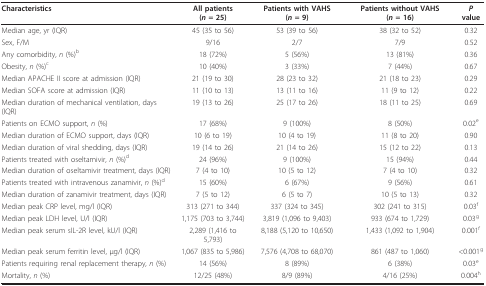
<table><thead><tr><td><b>Characteristics</b></td><td><b>All patients (<i>n </i>= 25)</b></td><td><b>Patients with VAHS (<i>n </i>= 9)</b></td><td><b>Patients without VAHS (<i>n </i>= 16)</b></td><td><b><i>P </i>value</b></td></tr></thead><tbody><tr><td>Median age, yr (IQR)</td><td>45 (35 to 56)</td><td>53 (39 to 56)</td><td>38 (32 to 52)</td><td>0.32</td></tr><tr><td>Sex, F/M</td><td>9/16</td><td>2/7</td><td>7/9</td><td>0.52</td></tr><tr><td>Any comorbidity, <i>n </i>(%)<sup>b</sup></td><td>18 (72%)</td><td>5 (56%)</td><td>13 (81%)</td><td>0.36</td></tr><tr><td>Obesity, <i>n </i>(%)<sup>c</sup></td><td>10 (40%)</td><td>3 (33%)</td><td>7 (44%)</td><td>0.67</td></tr><tr><td>Median APACHE II score at admission (IQR)</td><td>21 (19 to 30)</td><td>28 (23 to 32)</td><td>21 (18 to 23)</td><td>0.29</td></tr><tr><td>Median SOFA score at admission (IQR)</td><td>11 (10 to 13)</td><td>13 (11 to 16)</td><td>11 (9 to 12)</td><td>0.22</td></tr><tr><td>Median duration of mechanical ventilation, days (IQR)</td><td>19 (13 to 26)</td><td>25 (17 to 26)</td><td>18 (11 to 25)</td><td>0.69</td></tr><tr><td>Patients on ECMO support, <i>n </i>(%)</td><td>17 (68%)</td><td>9 (100%)</td><td>8 (50%)</td><td>0.02<sup>e</sup></td></tr><tr><td>Median duration of ECMO support, days (IQR)</td><td>10 (6 to 19)</td><td>10 (4 to 19)</td><td>11 (8 to 20)</td><td>0.90</td></tr><tr><td>Median duration of viral shedding, days (IQR)</td><td>19 (14 to 26)</td><td>21 (14 to 26)</td><td>15 (12 to 22)</td><td>0.13</td></tr><tr><td>Patients treated with oseltamivir, <i>n </i>(%)<sup>d</sup></td><td>24 (96%)</td><td>9 (100%)</td><td>15 (94%)</td><td>0.44</td></tr><tr><td>Median duration of oseltamivir treatment, days (IQR)</td><td>7 (4 to 10)</td><td>10 (5 to 12)</td><td>7 (4 to 10)</td><td>0.32</td></tr><tr><td>Patients treated with intravenous zanamivir, <i>n </i>(%)<sup>d</sup></td><td>15 (60%)</td><td>6 (67%)</td><td>9 (56%)</td><td>0.61</td></tr><tr><td>Median duration of zanamivir treatment, days (IQR)</td><td>7 (5 to 12)</td><td>6 (5 to 7)</td><td>10 (5 to 13)</td><td>0.32</td></tr><tr><td>Median peak CRP level, mg/l (IQR)</td><td>313 (271 to 344)</td><td>337 (324 to 345)</td><td>302 (241 to 315)</td><td>0.03<sup>f</sup></td></tr><tr><td>Median peak LDH level, U/l (IQR)</td><td>1,175 (703 to 3,744)</td><td>3,819 (1,096 to 9,403)</td><td>933 (674 to 1,729)</td><td>0.03<sup>g</sup></td></tr><tr><td>Median peak serum sIL-2R level, kU/l (IQR)</td><td>2,289 (1,416 to 5,793)</td><td>8,188 (5,120 to 10,650)</td><td>1,433 (1,092 to 1,904)</td><td>0.001<sup>f</sup></td></tr><tr><td>Median peak serum ferritin level, μg/l (IQR)</td><td>1,067 (835 to 5,986)</td><td>7,576 (4,708 to 68,070)</td><td>861 (487 to 1,060)</td><td>&lt;0.001<sup>g</sup></td></tr><tr><td>Patients requiring renal replacement therapy, <i>n </i>(%)</td><td>14 (56%)</td><td>8 (89%)</td><td>6 (38%)</td><td>0.03<sup>e</sup></td></tr><tr><td>Mortality, <i>n </i>(%)</td><td>12/25 (48%)</td><td>8/9 (89%)</td><td>4/16 (25%)</td><td>0.004<sup>h</sup></td></tr></tbody></table>